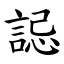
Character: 誋